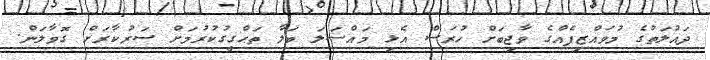
ދައުލަތުގެ މުވައްޒިފެއްގެ ވާޖިބަށް ހުރަސް އެޅި މައްސަލަ ބަލާ ތަޙްގީގުކުރުމަށް ސަރުކާރަށް ގޮވާލަން.